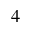
^ 4